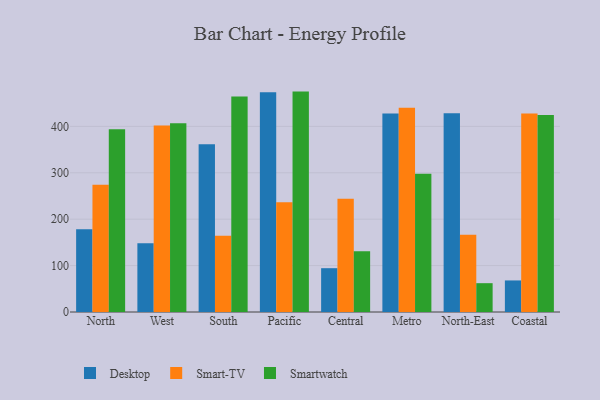
{"axis": {"x": "Region", "y": "Bounce Rate (%)"}, "legend": ["Desktop", "Smart-TV", "Smartwatch"], "data": [{"x": "North", "y": 178.2, "type": "Desktop"}, {"x": "North", "y": 274.0, "type": "Smart-TV"}, {"x": "North", "y": 393.7, "type": "Smartwatch"}, {"x": "West", "y": 147.9, "type": "Desktop"}, {"x": "West", "y": 401.7, "type": "Smart-TV"}, {"x": "West", "y": 406.7, "type": "Smartwatch"}, {"x": "South", "y": 361.3, "type": "Desktop"}, {"x": "South", "y": 164.2, "type": "Smart-TV"}, {"x": "South", "y": 464.5, "type": "Smartwatch"}, {"x": "Pacific", "y": 473.5, "type": "Desktop"}, {"x": "Pacific", "y": 236.4, "type": "Smart-TV"}, {"x": "Pacific", "y": 474.9, "type": "Smartwatch"}, {"x": "Central", "y": 94.4, "type": "Desktop"}, {"x": "Central", "y": 243.8, "type": "Smart-TV"}, {"x": "Central", "y": 130.8, "type": "Smartwatch"}, {"x": "Metro", "y": 427.5, "type": "Desktop"}, {"x": "Metro", "y": 440.3, "type": "Smart-TV"}, {"x": "Metro", "y": 297.8, "type": "Smartwatch"}, {"x": "North-East", "y": 428.3, "type": "Desktop"}, {"x": "North-East", "y": 166.5, "type": "Smart-TV"}, {"x": "North-East", "y": 62.1, "type": "Smartwatch"}, {"x": "Coastal", "y": 68.0, "type": "Desktop"}, {"x": "Coastal", "y": 427.6, "type": "Smart-TV"}, {"x": "Coastal", "y": 424.6, "type": "Smartwatch"}]}